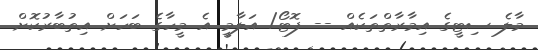
މާލެ ސިޓީގެ އިމާރާތްތަކެއް -- ފޮޓޯ/ އަލާމީ އެ މީހާގެ ބަހަށް އިތުބާރުކޮށް